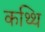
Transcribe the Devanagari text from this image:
कथ्थि